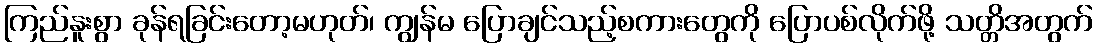
ကြည်နူးစွာ ခုန်ရခြင်းတော့မဟုတ်၊ ကျွန်မ ပြောချင်သည့်စကားတွေကို ပြောပစ်လိုက်ဖို့ သတ္တိအတွက်